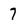
Character: 7